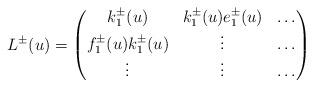
LaTeX: \begin{align*}L^{\pm}(u)=\begin{pmatrix}k_{1}^{\pm}(u)&k_{1}^{\pm}(u)e_{1}^{\pm}(u)&\ldots\\f_{1}^{\pm}(u)k_{1}^{\pm}(u)&\vdots&\ldots\\\vdots&\vdots&\ldots\end{pmatrix}\end{align*}